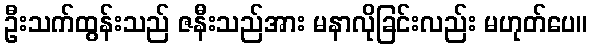
ဦးသက်ထွန်းသည် ဇနီးသည်အား မနာလိုခြင်းလည်း မဟုတ်ပေ။